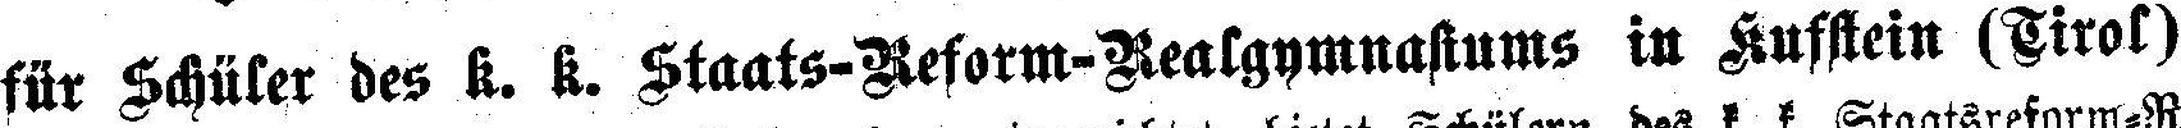
für Schüler des K. K. Staats-Reform-Realgymnasiums in Kufstein (Tirol)